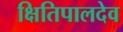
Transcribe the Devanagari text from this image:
क्षितिपालदेव